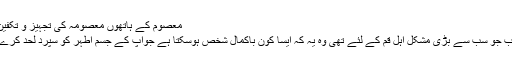
معصوم کے ہاتھوں معصومہ کی تجہیز و تکفین
اب جو سب سے بڑی مشکل اہل قم کے لئے تھی وہ یہ کہ ایسا کون باکمال شخص ہوسکتا ہے جوآپ کے جسم اطہر کو سپرد لحد کرے۔